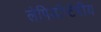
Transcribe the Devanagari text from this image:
लेपिडॉप्टेरीय